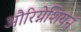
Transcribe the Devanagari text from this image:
औरिग्नेशियन